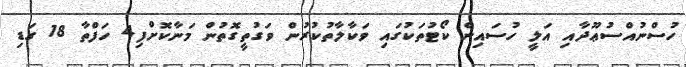
ހުސްނުއްސުޢޫދާއި އަލީ ހުސައިން ކޯޓުތަކުގައި ވަކާލާތުކުރުން ވަގުތީގޮތުން މަނާކޮށްފި4 ހަފްތާ 18 ގަޑި